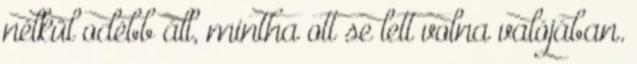
nélkül odébb áll, mintha ott se lett volna valójában.